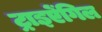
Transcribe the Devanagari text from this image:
ट्राइऐंगिल